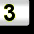
Digit: 3